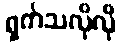
ရှက်သလိုလို